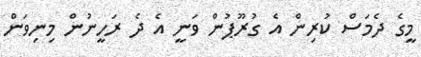
މީގެ ދެމަސް ކުރިން އެ ގުރޫޕުން ވަނީ އެ ދެ ރަހީނުން މިނިވަން